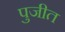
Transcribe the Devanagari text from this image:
पुजीत